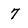
Character: 7